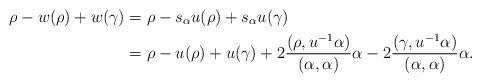
LaTeX: \begin{align*} \rho-w(\rho)+w(\gamma)&=\rho-s_{\alpha}u(\rho)+s_{\alpha}u(\gamma)&\\&=\rho-u(\rho)+u(\gamma)+2\frac{(\rho,u^{-1}\alpha)}{(\alpha,\alpha)}\alpha-2\frac{(\gamma,u^{-1}\alpha)}{(\alpha,\alpha)}\alpha.\end{align*}